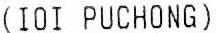
(IOI PUCHONG)